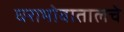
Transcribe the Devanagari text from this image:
घराभोवातालचे